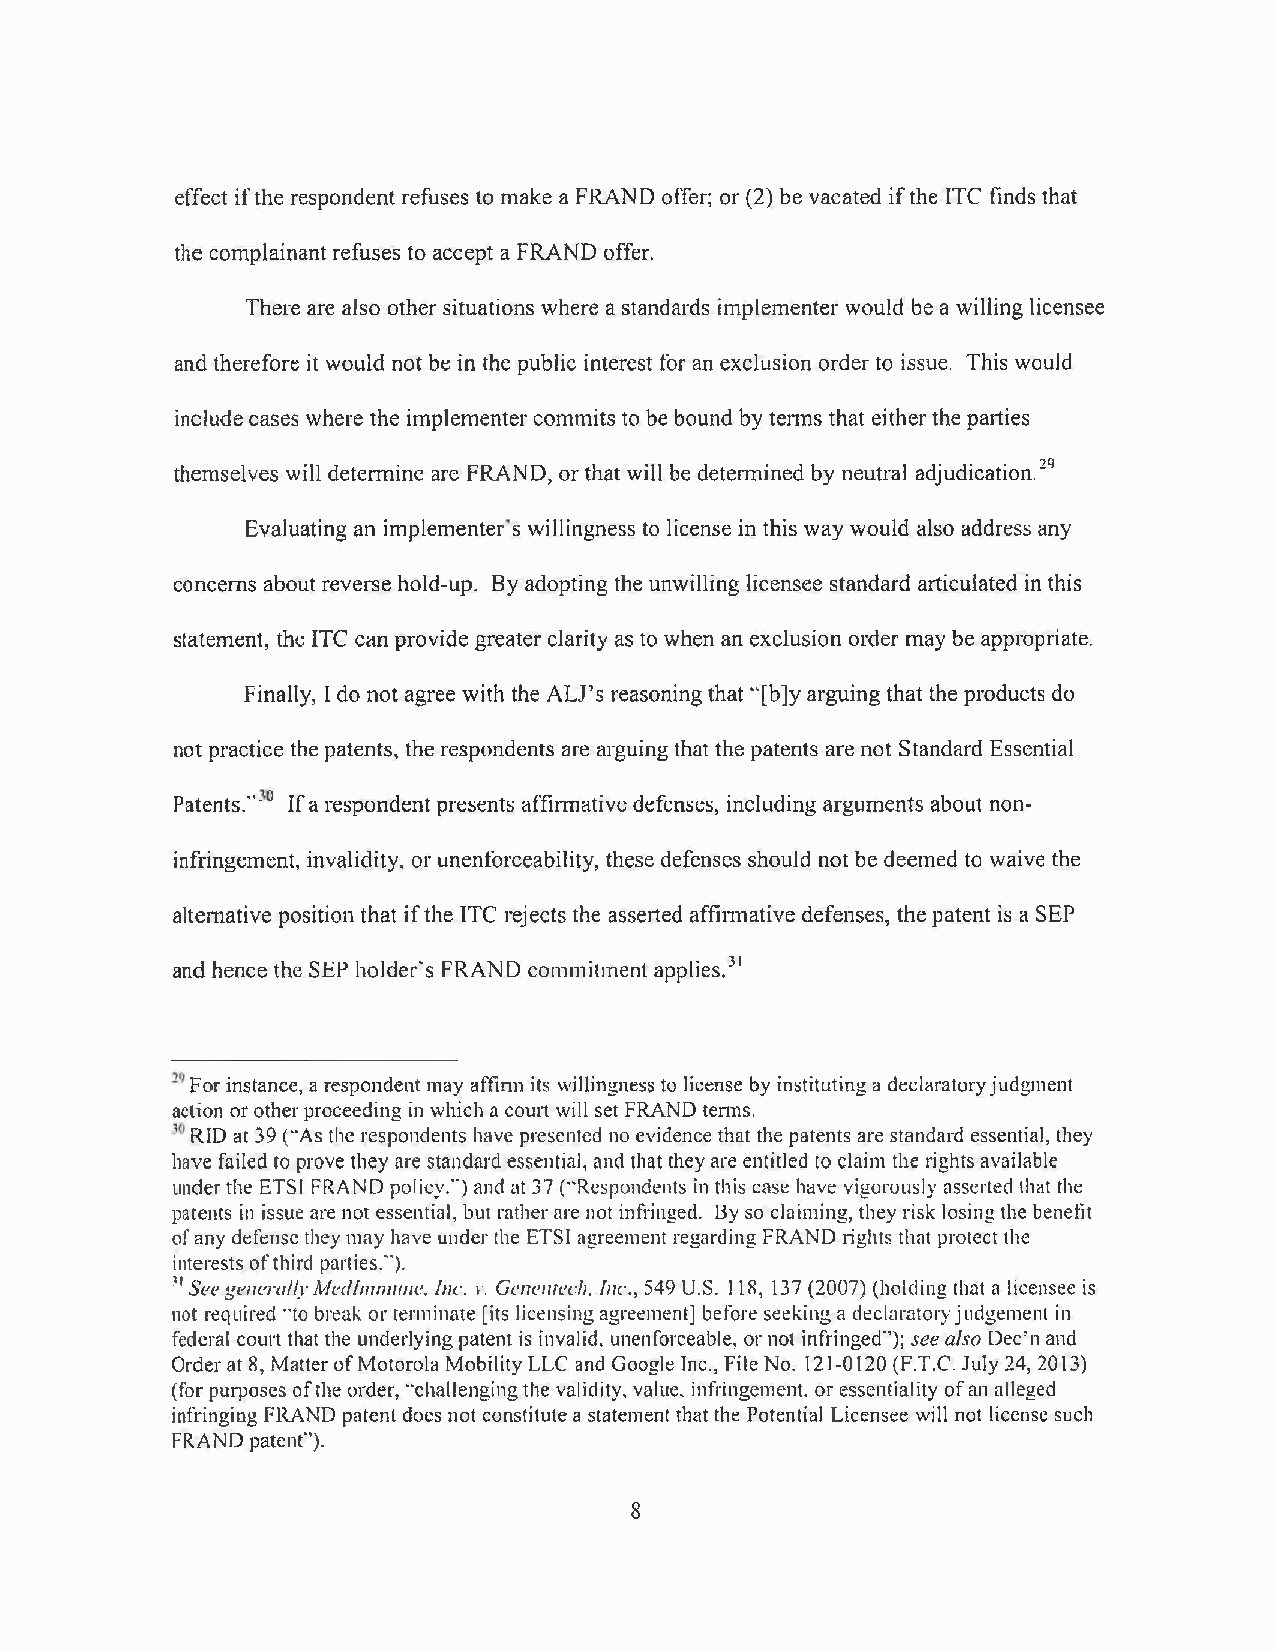
effect if the respondent refuses to make a FRAND offer; or (2) be vacated if the lTC finds that
 the complainant refuses to accept a FRAND offer.
 There are also other situations where a standards implementer would be a willing licensee
 and therefore it would not be in the public interest for an exclusion order to issue. This would
 include cases where the implementer commits to be bound by terms that either the pa1ties
 themselves will determine are FRAND, or that will be dete1mined by neutral adjudication. 29
 Evaluating an implementer's willingness to license in this way would also address any
 concerns about reverse hold-up. By adopting the unwilling licensee standard articulated in this
 statement, the lTC can provide greater clarity as to when an exclusion order may be approp1iate.
 Finally, I do not agree with the ALI's reasoning that ·'[b]y arguing that the products do
 not practice the patents, the respondents are arguing that the patents are not Standard Essential
 Patents."'30 If a respondent presents affi1mative defenses, including arguments about non-
 infringement, invalidity, or unenforceability, these defenses should not be deemed to waive the
 altemative position that if the lTC rejects the asse1ted affi1mative defenses, the patent is a SEP
 and hence the SEP holder's FRAND commitment applies.31
 29 For instance, a respondent may affinn its willingness to license by instituting a declaratory judgment
 action or other proceeding in which a court will set FRAND terms.
 30 RID at 39 ("As the respondents have presented no evidence that the patents are standard essential, they
 have failed to prove they are standard essential, and that they are entitled to claim the rights available
 under the ETSI FRAND policy.") and at 37 (··Respondents in this case have vigorously asserted that the
 patents in issue are not essential, but rather are not infringed. By so claiming, they risk losing the benetit
 of any defense they may have under the ETSI agreement regarding FRAND rights that protect the
 interests of third parties.").
 "See generally Medlmmwu:. Inc. 1·. Gcnenrech. Inc., 549 U.S. 118, 137 (2007) (holding that a licensee is
 not required "to break or terminate [its licensing agreement] before seeking a declnratory judgement in
 federal court that the underlying patent is invalid, unenforceable, or not infringed·'); see also Dec'n and
 Order at 8, Matter of Motorola Mobility LLC and Google Inc., File No. 121-0120 (F.T.C. July 24, 20 13)
 (for purposes of the order, "challenging the validity, value. infringement. or essentiality of an alleged
 infringing FRAND patent does not constitute a statement that the Potential Licensee will not license such
 FRAND patent'').
 8